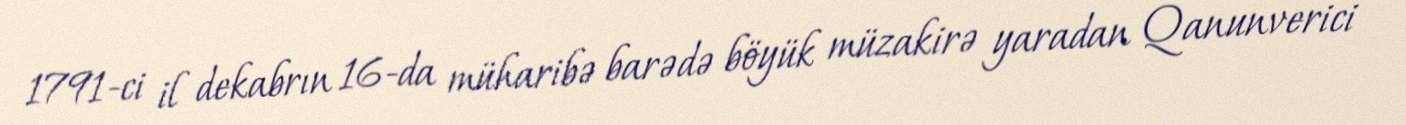
1791-ci il dekabrın 16-da müharibə barədə böyük müzakirə yaradan Qanunverici